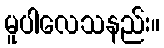
မူပါလေသနည်း။